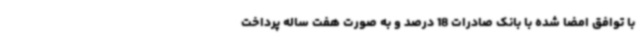
با توافق امضا شده با بانک صادرات 18 درصد و به صورت هفت ساله پرداخت